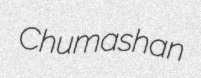
Chumashan